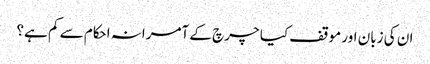
ان کی زبان اور موقف کیا چرچ کے آمرانہ احکام سے کم ہے؟